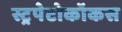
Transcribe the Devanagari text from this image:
स्ट्रपेटोकॉकस